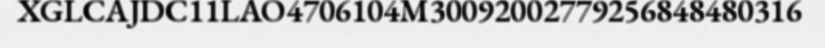
XGLCAJDC11LAO4706104M30092002779256848480316